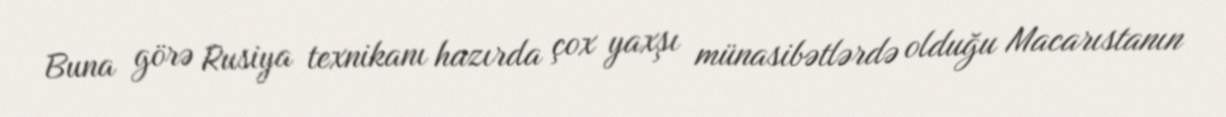
Buna görə Rusiya texnikanı hazırda çox yaxşı münasibətlərdə olduğu Macarıstanın